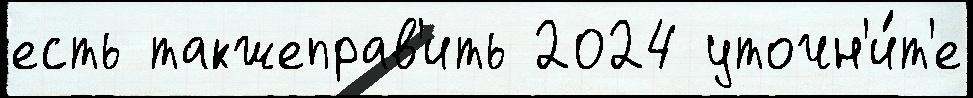
есть такжеправ'ить 2024 уточн'и́т'е